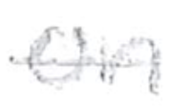
Text: on
Cross-out: single-line
Writing tool: pencil